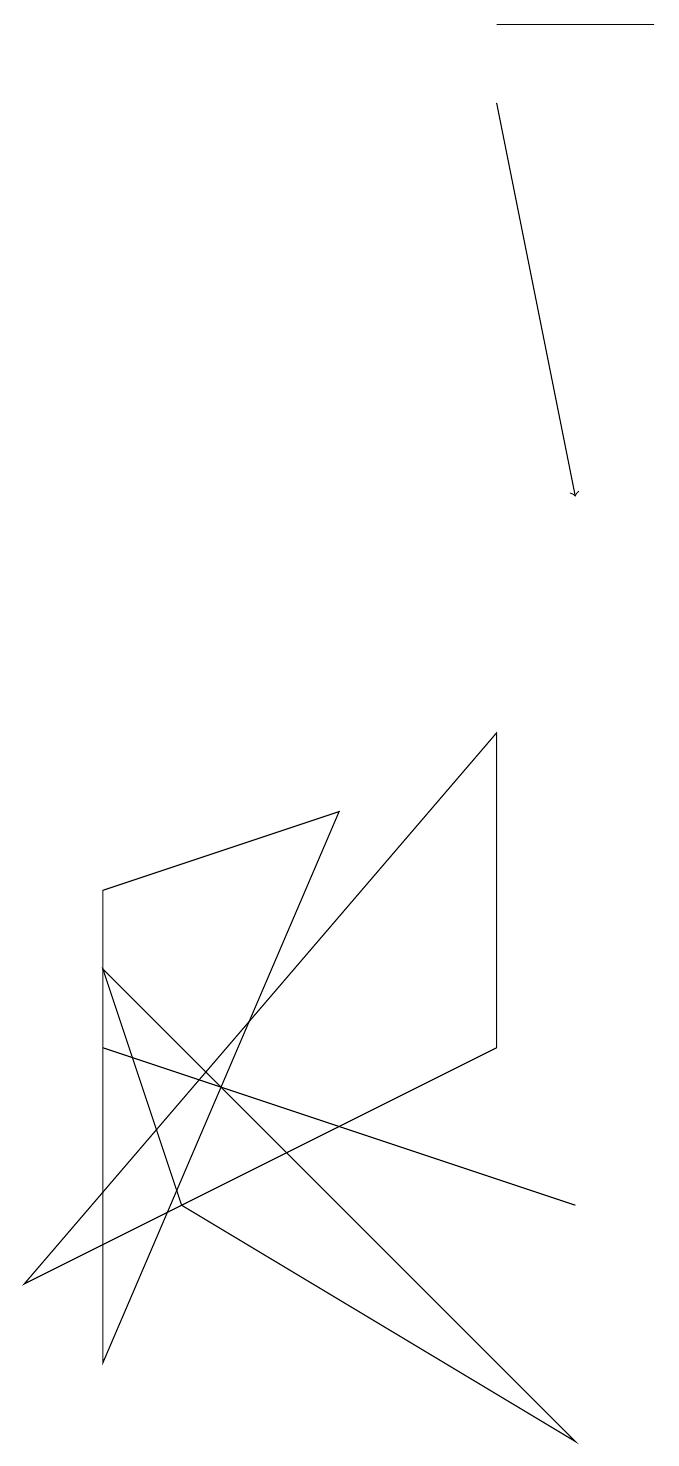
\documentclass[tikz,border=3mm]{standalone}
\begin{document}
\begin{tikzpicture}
\draw (6,18) rectangle (8,18);
\draw (2,3) -- (1,6) -- (7,0) -- cycle;
\draw (6,9) -- (6,5) -- (0,2) -- cycle;
\draw[->] (6,17) -- (7,12);
\draw (1,1) -- (1,7) -- (4,8) -- cycle;
\draw (1,5) -- (4,4) -- (7,3) -- cycle;
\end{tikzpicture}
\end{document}